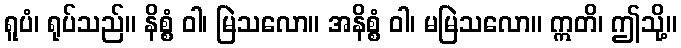
ရူပံ၊ ရုပ်သည်။ နိစ္စံ ဝါ၊ မြဲသလော။ အနိစ္စံ ဝါ၊ မမြဲသလော။ ဣတိ၊ ဤသို့။